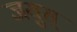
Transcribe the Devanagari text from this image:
जयुस्